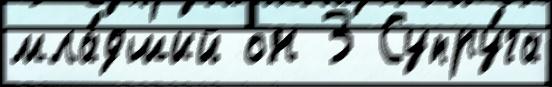
мла́дший он 3 Супру́га